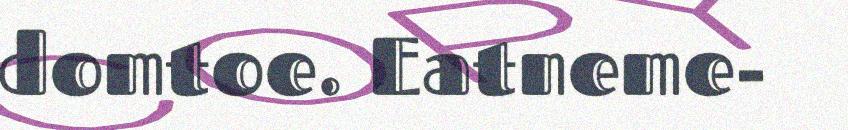
domtoe. Eatneme-